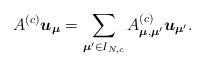
LaTeX: \begin{align*}A^{(c)}\boldsymbol{u}_{\boldsymbol{\mu}}=\sum_{\boldsymbol{\mu}' \in I_{N, c}}A_{\boldsymbol{\mu},\boldsymbol{\mu}'}^{(c)}\boldsymbol{u}_{\boldsymbol{\mu}'}. \end{align*}